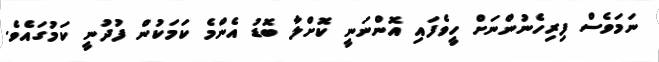
ނަމަވެސް ފިރިހެނުންނަށް ހީވެފައި އޮންނަނީ ކޮށްލާ ބޮޑު އެންމެ ކަމަކުން ފުދުނީ ކަމުގައެވެ.